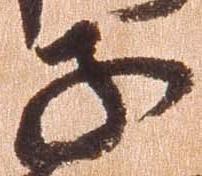
子